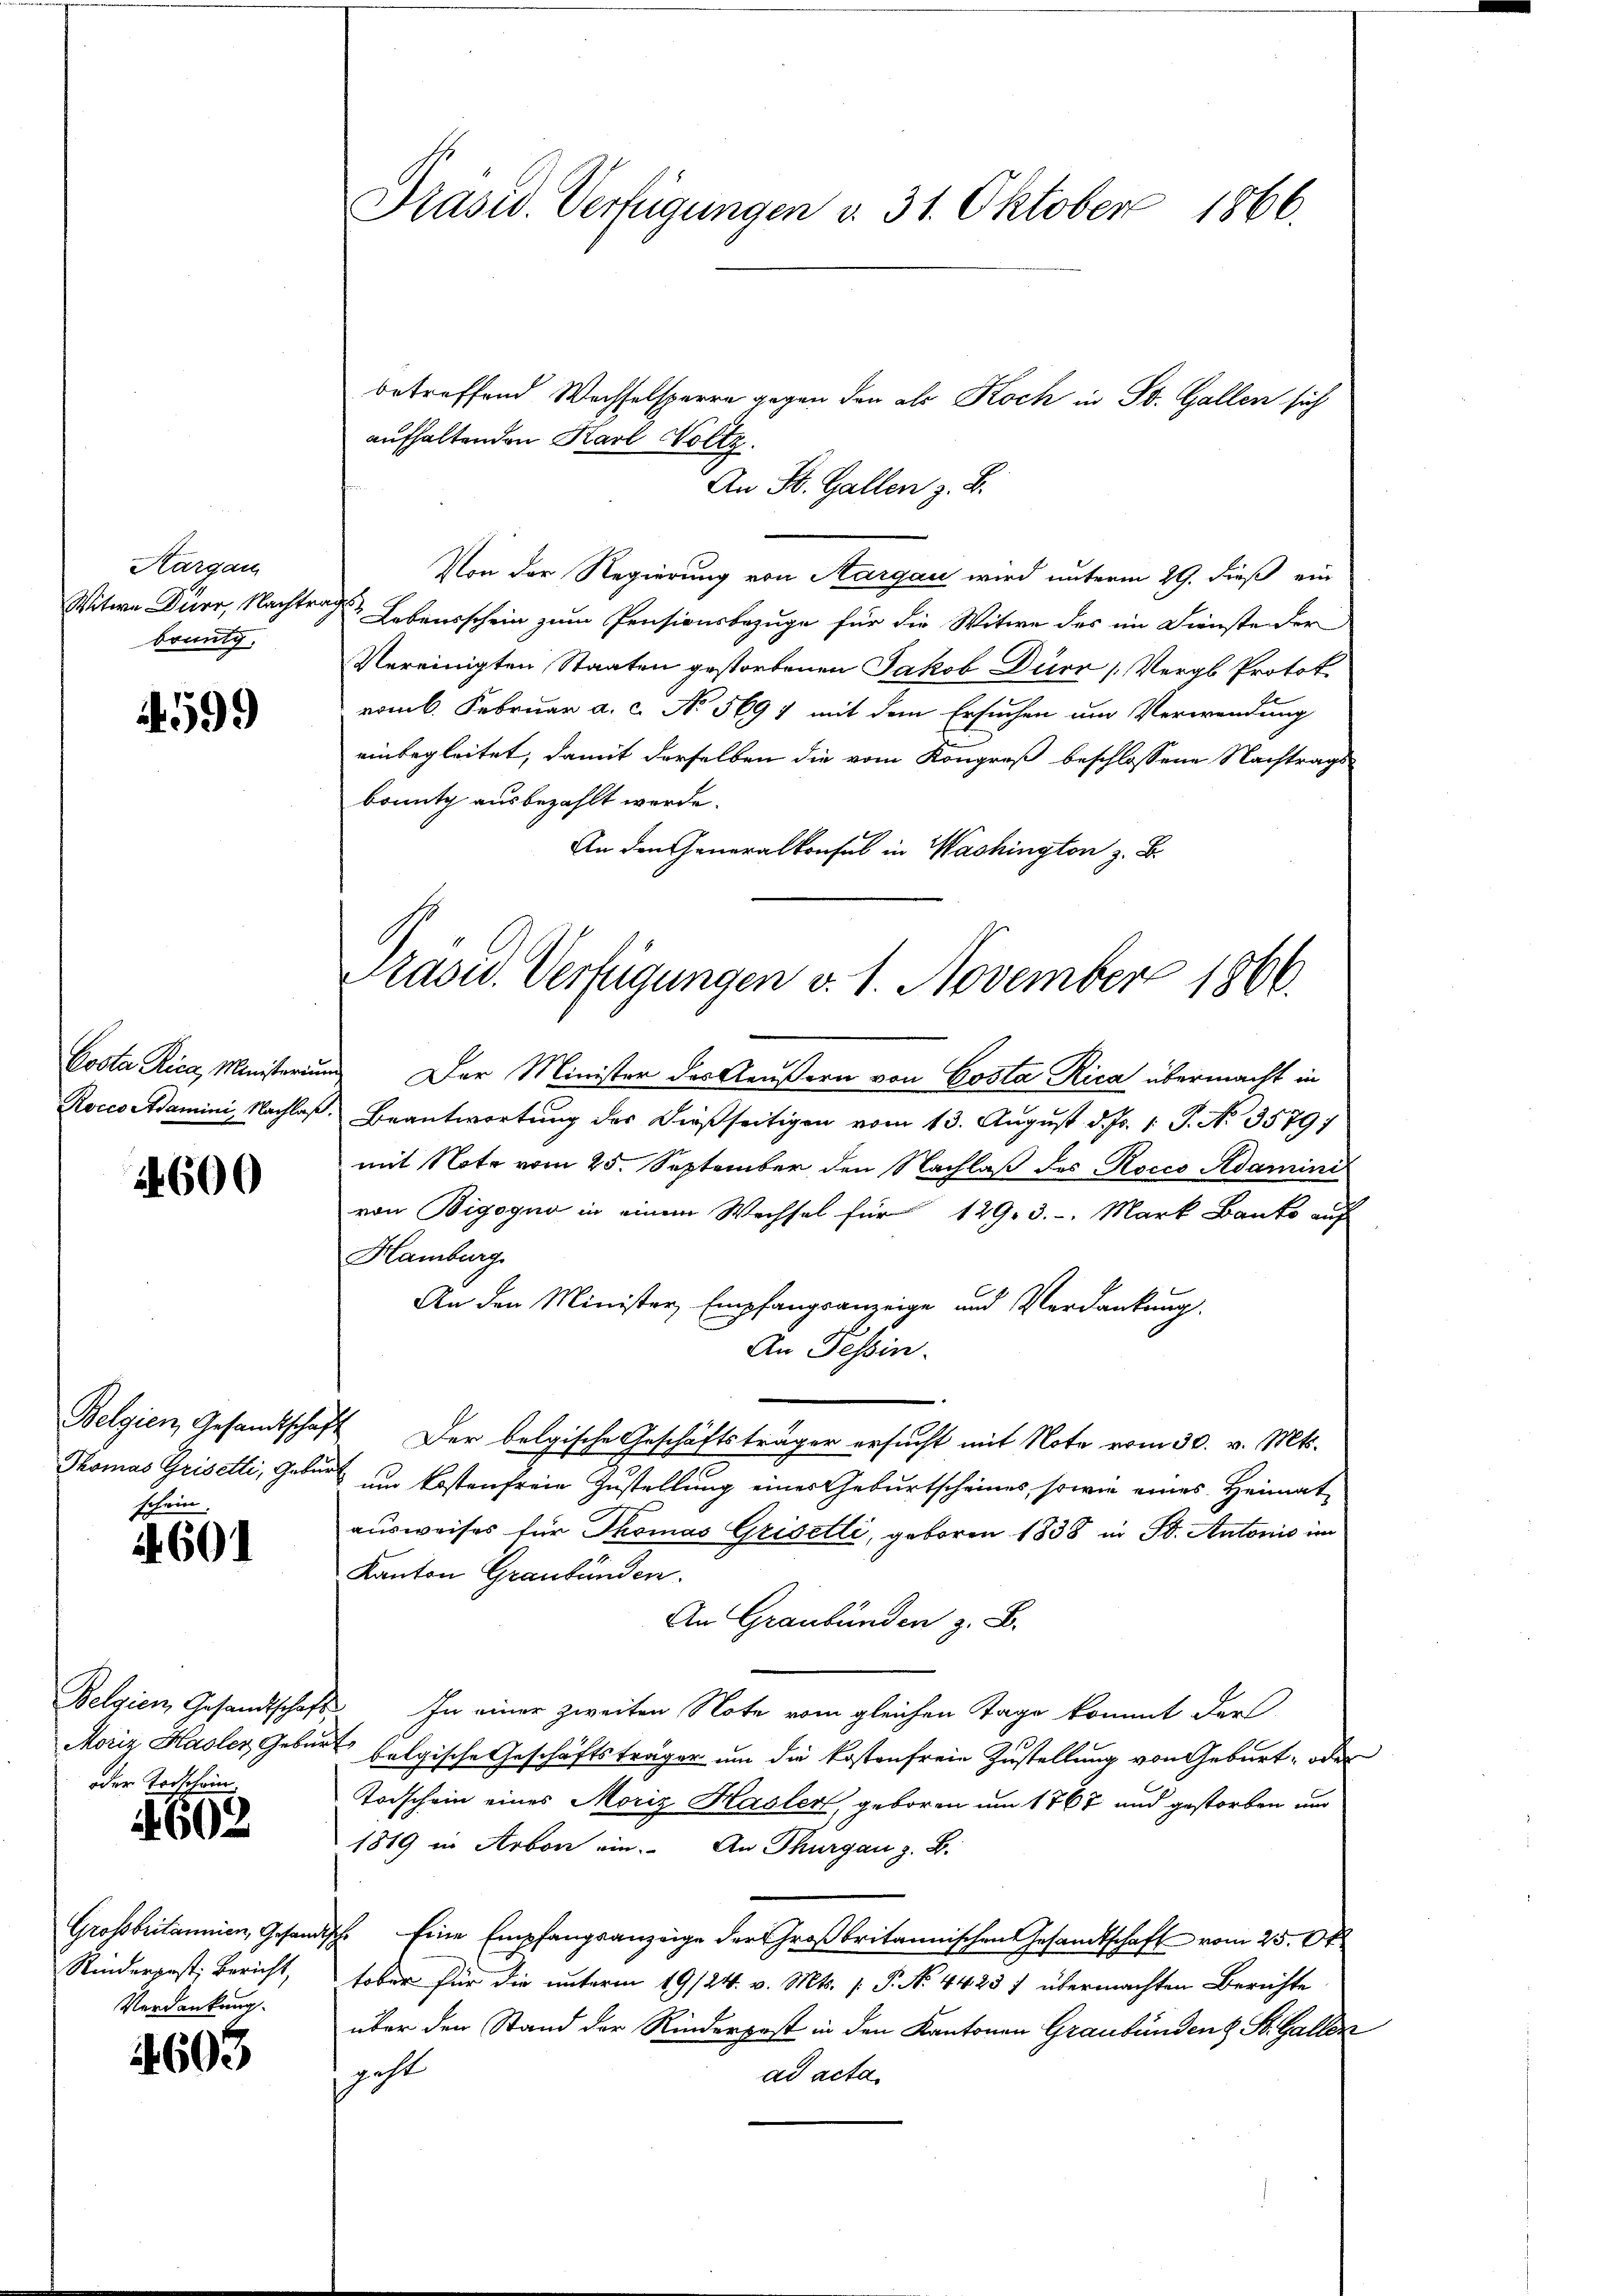
Präsid. Verfügungen v. 31. Oktober 1866.

betreffend Wechselsperre gegen den als Koch in St. Gallen sich
aufhaltenden Karl Noltz.
An St. Gallen z. B.
Von der Regierung von Aargau wird unterm 29. dieß ein
f
 Lebensschein zum Pensionsbezuge für die Witwe des im Dienste der
Vereinigten Staaten gestorbenen Jakob Dürr (Vergl. Protoko
vom 6. Februar a. c. No 569 7 mit dem Ersuchen um Verwendung
einbegleitet, damit derselben die vom Kongreß beschlossene Nachtrags-
bounty ausbezahlt werde.
An den Generalkonsul in Washington z. B.
und Der Minister des Aeußern von Costa Rica übermacht in
Beantwortung des dießseitigen vom 13. August d. Js. 1. P. No 3579)
mit Note vom 25. September den Nachlaβ des Roccs Adamini
von Bigoyno in einem Wechsel für 129. 3. Mark Banko auf
Hamburg
An den Minister Empfangsanzeige und Verdankung.
An Tessin.
I Der bolgische Geschäftsträger ersucht mit Note vom 30. v. Mts.
Thomas Grisetti, Geburt am kostenfreie Zustellung einer Geburtscheines, sowie eines Heimat
ausweises für Thomas Griselli, geboren 1838 in Bd. Antonis im
Kanton Graubünden.
An Graubünden z. B.
 In einer zweiten Note vom gleichen Tage kommt dart
et belgische Geschäftsträger um die kostenfreie Zustellung von Geburt, oder
Todschein eines Moriz Hasler, geboren um 1767 und gestorben und
1819 in Arbon ein. An Thurgau z. B.
Ich. Eine Empfangsanzeige der Großbritannischen Gesandtschaft vom 25. Okt
tober für die unterm 19/24. v. Mts. (: P. No. 4423 f übermachten Berichte
über den Stand der Rinderpest in den Kantonen Graubünden St. Gallen
est
ad acta.

Aargau
Witwe Dürr, Nachtr
brung.

4599

Präsid.. Verfügungen v. 1. November 1866.

Costa Rica, Ministerin
Roccs Adamini, Nachlaß

24600

Belgien, Gesandtsche,
schein.

if. 601

Belgien Gesandtschaf
Moriz Hasler Geba
oder Todschein.

4602

Grossbritannien, Gesand¬
Rinderpost; Bericht,
Verdankung.

4603